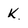
Character: k